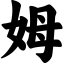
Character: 姆